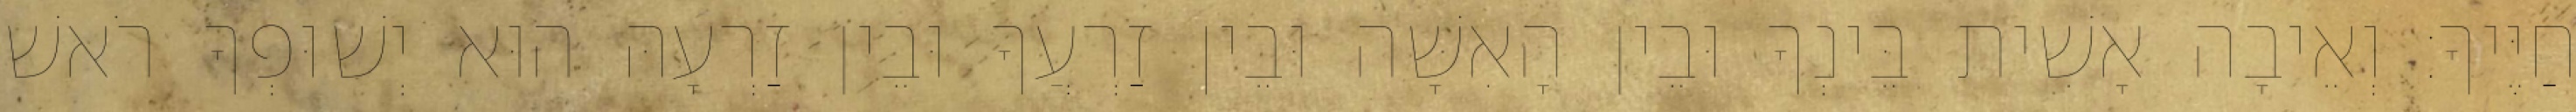
חַיֶּיךָ׃ וְאֵיבָה אָשִׁית בֵּינְךָ וּבֵין הָאִשָּׁה וּבֵין זַרְעֲךָ וּבֵין זַרְעָהּ הוּא יְשׁוּפְךָ רֹאשׁ